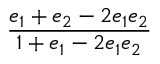
\displaystyle \frac { e _ { 1 } + e _ { 2 } - 2 e _ { 1 } e _ { 2 } } { 1 + e _ { 1 } - 2 e _ { 1 } e _ { 2 } }